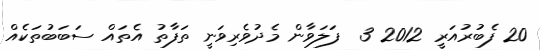
20 ފެބުރުއަރީ 2012 3  ފަލަވާން މެދުވެރިވަނީ ތަފާތު އެތައް ސަބަބުތަކެއް